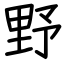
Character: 野